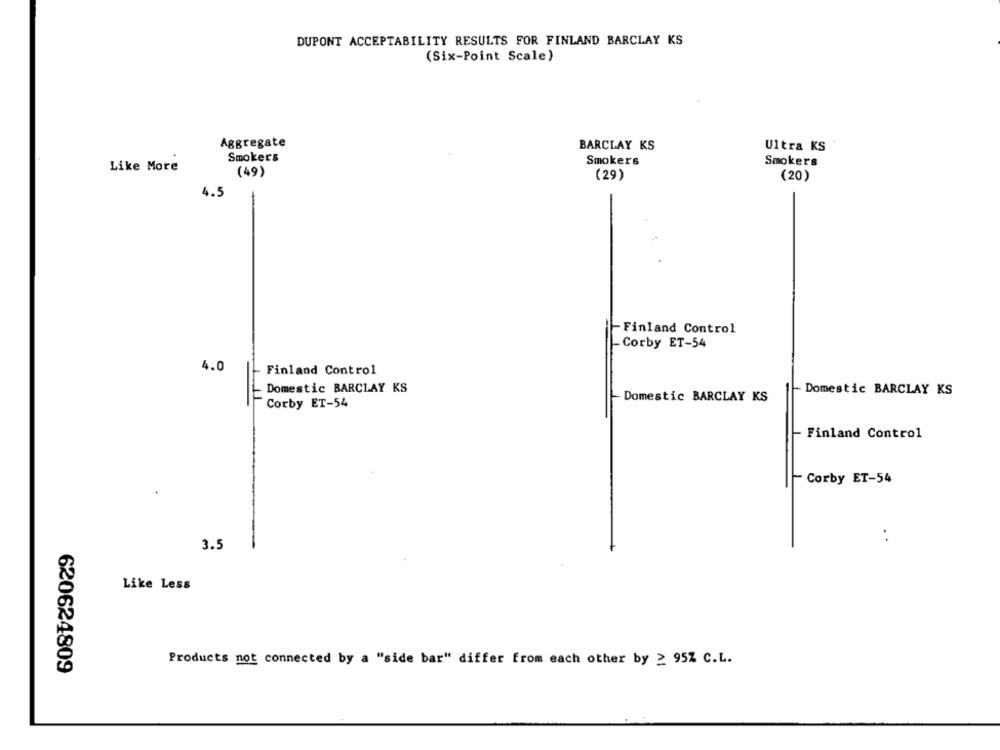
DUPONT ACCEPTABILITY RESULTS FOR FINLAND BARCLAY KS
(Six-Point Scale)
Aggregate
BARCLAY KS
Ultra KS
Smokers
Smokers
Smokers
Like More
(49)
(29)
(20)
4.5
- Finland Control
- Corby ET-54
4.0
Finland Control
Domestic BARCLAY KS
Domestic BARCLAY KS
Domestic BARCLAY KS
Corby ET-54
Finland Control
Corby ET-54
. .
3.5
Like Less
620624809
Products not connected by a "side bar" differ from each other by > 95% C.L.